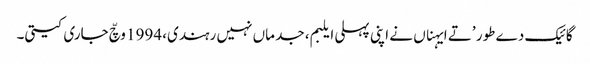
گائیک دے طور ’تے ایہناں نے اپنی پہلی ایلبم، جد ماں نہیں رہندی، 1994 وچّ جاری کیتی۔